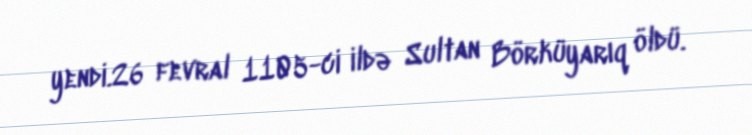
yendi.26 fevral 1105-ci ildə Sultan Börküyarıq öldü.